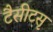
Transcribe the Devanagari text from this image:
टैसीटसृ